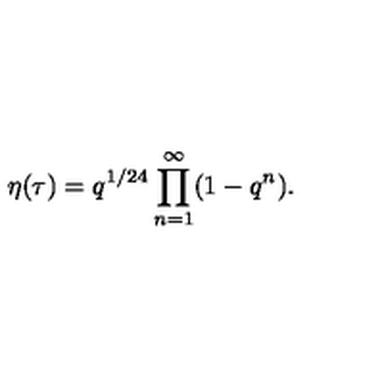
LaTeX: \eta ( \tau ) = q ^ { 1 / 2 4 } \prod _ { n = 1 } ^ { \infty } ( 1 - q ^ { n } ) .